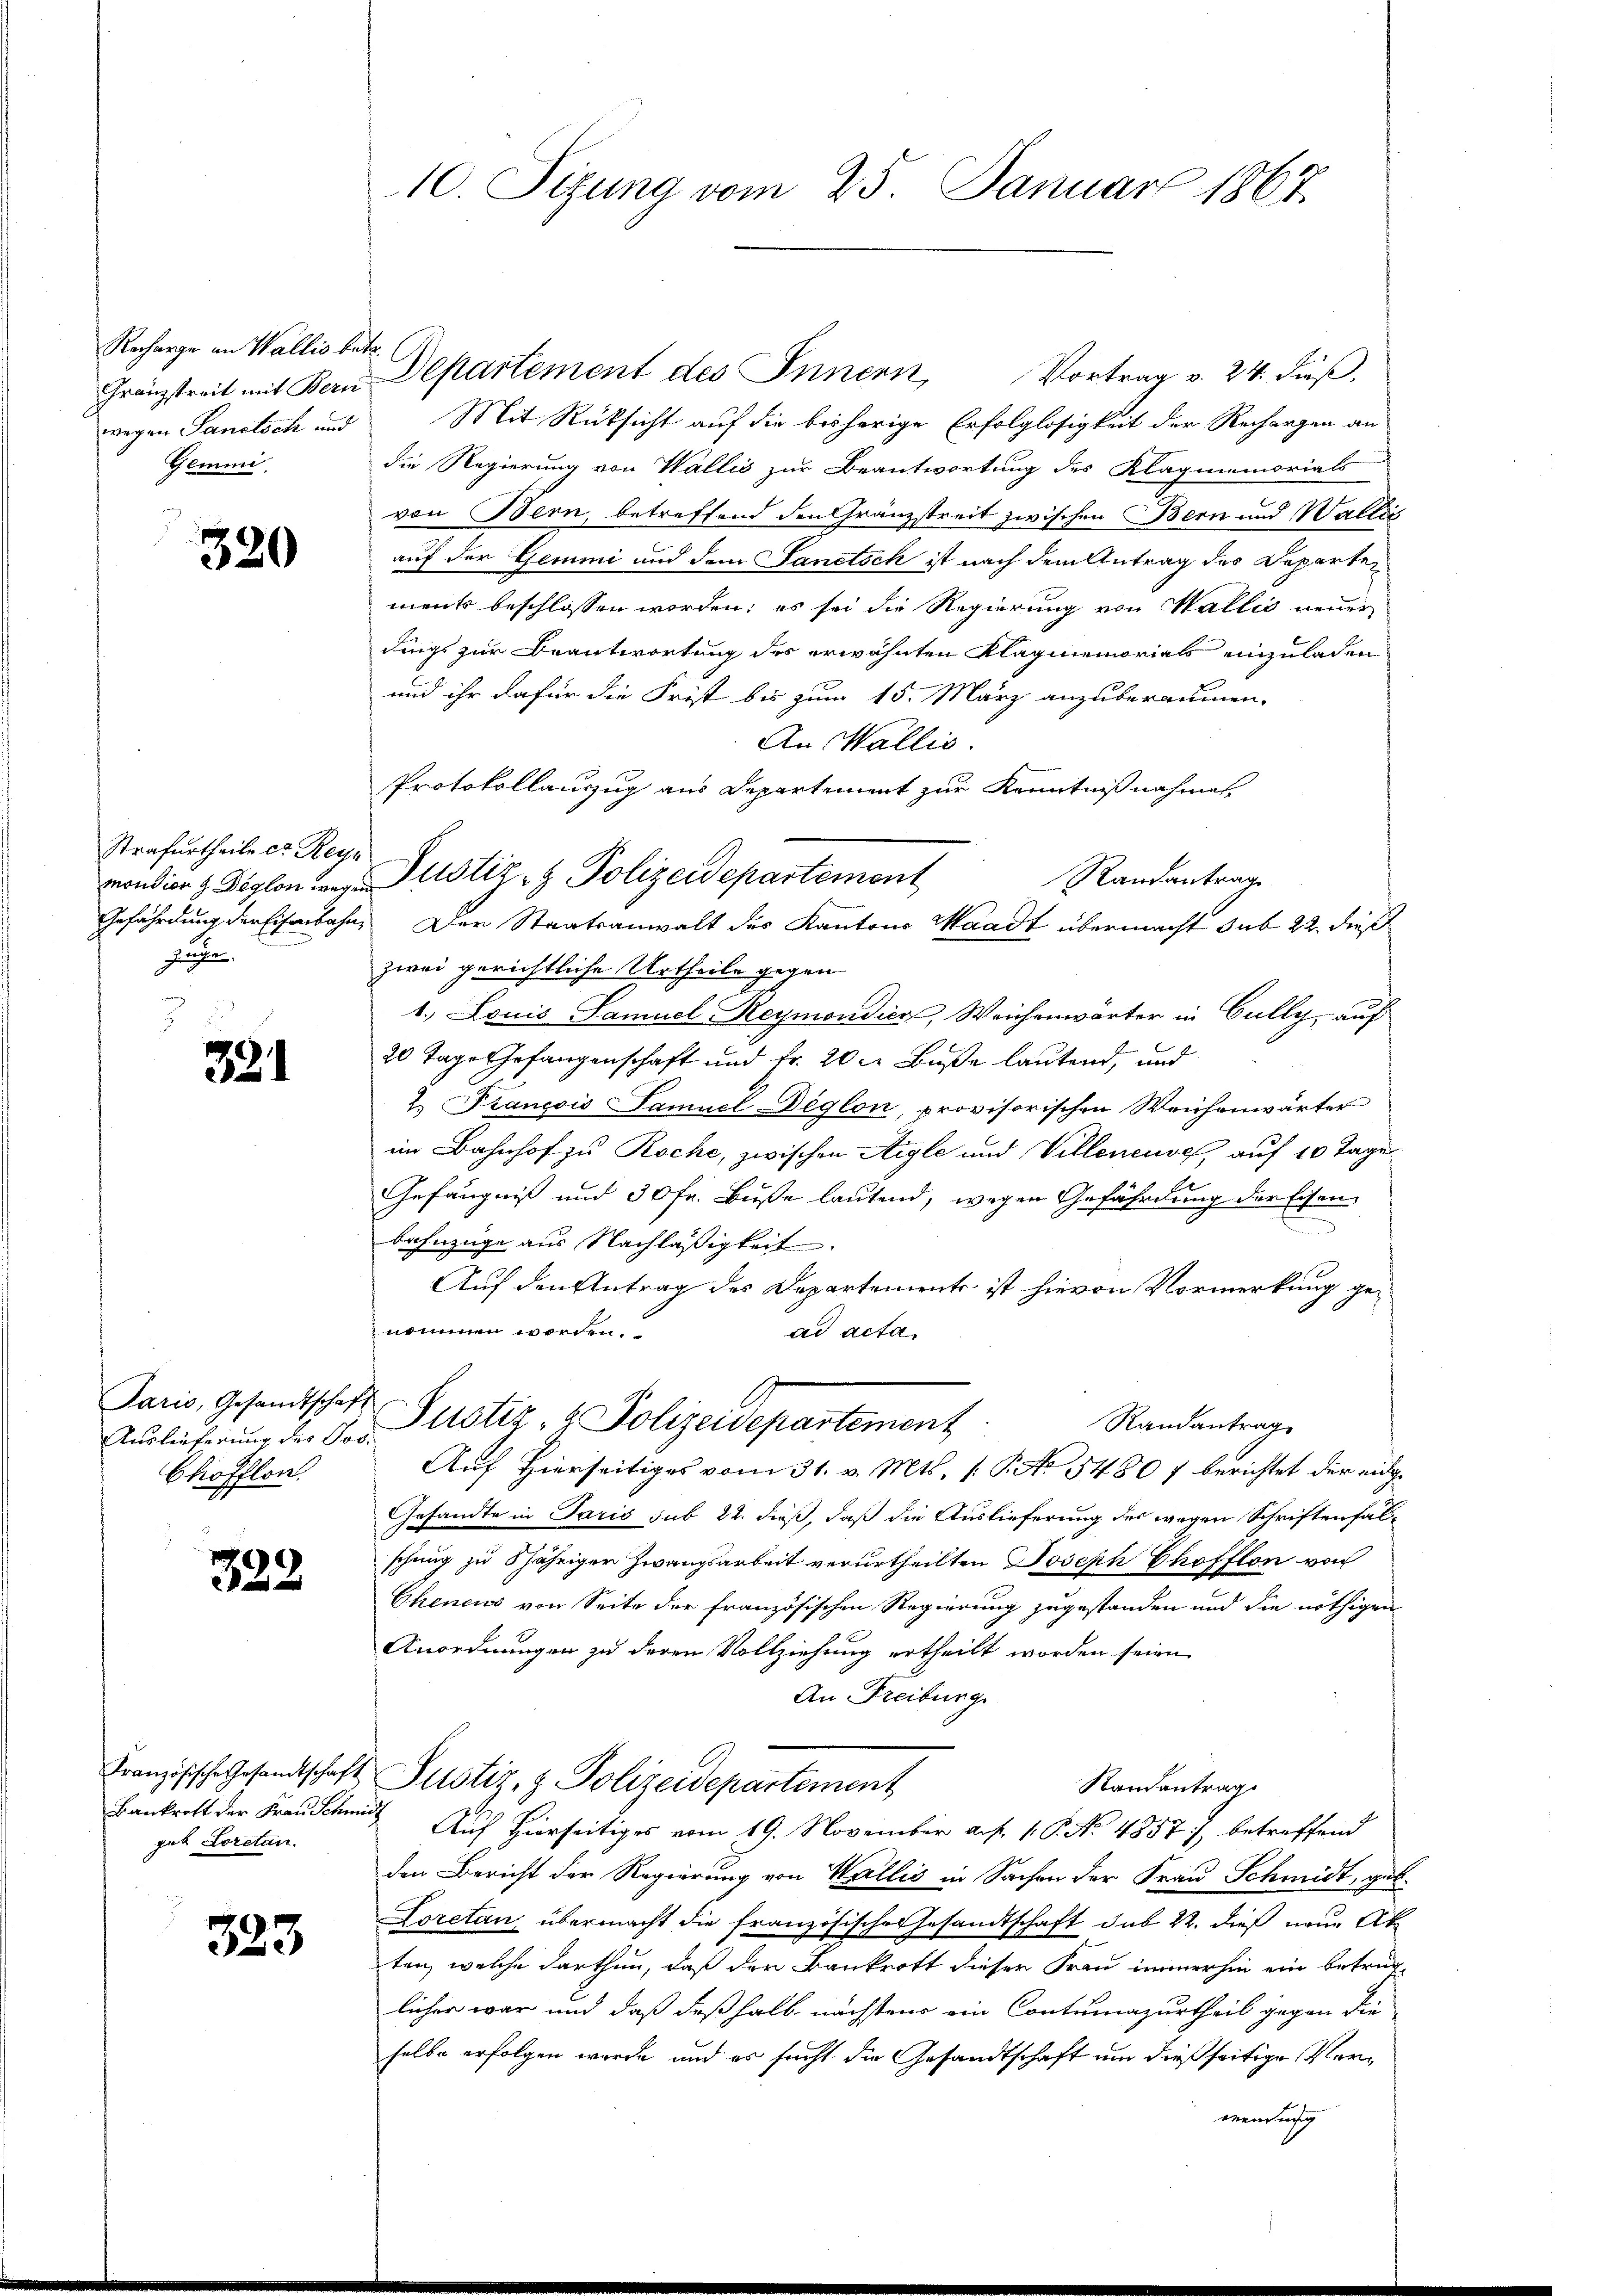
Racharge an Wallis betr.
wegen Sanctich und
Gemmi

320

Strafurtheile et Reys
Gefährdung der Eisenbahn,
zuge

331

Paris, Gesandtschaft
Auslieferung des Jos
Chofflon.

322

Bankrott der Frau Schmi
gab Loretan.

323

10. Sizung vom 25. Januar 1867

Franzstreit mit Bern Departement des Innern, Vortrag v. 24. dieβ.
Mit Rücksicht auf die bisherige Erfolglosigkeit der Rechargen an
die Regierung von Wallis zur Beantwortung des Klagenemorials
von Bern, betreffend den Gränzstreit zwischen Bern und Waltig
auf der Gemini und dem Sanitsch ist nach dem Antrag des Departements beschlossen worden; es sei die Regierung von Wallis neuer
dings zur Beantwortung des erwähnten Klagmemorials einzuladen
und ihr dafür die Frist bis zum 15. März anzuberaumen,
An Wallis.
Protokollauszug aus Departement zur Kenntnißnahmen,
Randantrage
Der Staatsanwalt des Kantons Waadt übermacht sub 22. dies
zwei gerichtliche Urtheile gegen
1. Louis Samuel Reymondica, Weichenwärter in Cully, auf
20 Tage Gefangenschaft und Fr. 20 l. Buße lautend, und
2. Francois Samuel Deglon, provisorischen Weichenwärter
im Bahnhof zu Roche, zwischen Aigle und Villeneuve, auf 10 Tage
Gefängniß und 30 fr. Buße lautend, wegen Gefährdung der Eisenbahnzüge aus Nachläßigkeit.
Auf den Antrag des Departemente ist hievon Vormerkung genommen worden.
ad acta,
Justiz- & Polizeidepartement,
Randantrag
Auf Hierseitiges vom 31. v. Mts. 1. P. Ao 1480 f berichtet der eig¬
Gesandte in Paris sub 22. dieß, daß die Auslieferung des wegen Schriftenfallschung zu 5 jähriger Zwangsarbeit verurtheilten Joseph Chofflon von
Chenens von Seite der französischen Regierung zugestanden und die nöthigen
Anordnungen zu deren Vollziehung ertheilt worden seien
An Freiburg
Französische Gesandtschaft Justiz- & Polizeidepartement
Randantrag
 Auf Hierseitiges vom 19. November a. f. 1. P. No 4857), betreffend
den Bericht der Regierung von Wallis in Sachen der Frau Schmidt, geb.
Loretan, übermacht die französische Gesandtschaft sub 22. dieß neue Ak
ten, welche darthun, daß der Bankrott dieser Frau immerhin ein betrüglicher war und daß deßhalb nächstens ein Contumazurtheil gegen die
halbe erfolgen werde, und es sucht die Gesandtschaft um dießseitige Verwendung

mondien & Diplon der Justiz- & Polizeidepartement